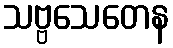
သဗ္ဗသေတေန